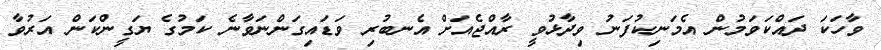
ވާހަކަ ދައްކަވަމުން އެމަނިކުފަނު ވިދާޅުވީ ރާއްޖެއަށް އެނބުރި ވަޑައިގަންނަވާނެ ކަމުގެ ޔަގީންކަން އަރުވާ